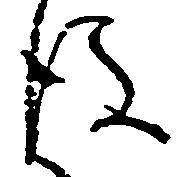
後